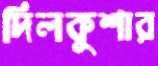
দিলকুশার